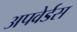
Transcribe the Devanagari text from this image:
अपवेर्डस